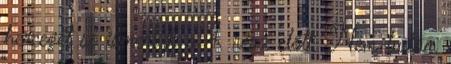
hercegét se ismertük a 4. rész előtt. Nem tudom